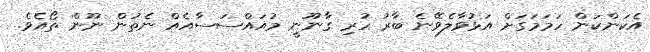
އެކަންކަން ހަމަމަގަށް އަޅުވާލެވޭނެ ބާރު ހުރި ގާނޫނީ މުއައްސަސާއެއް ނެތުން ނޫން ތޯއެވެ.